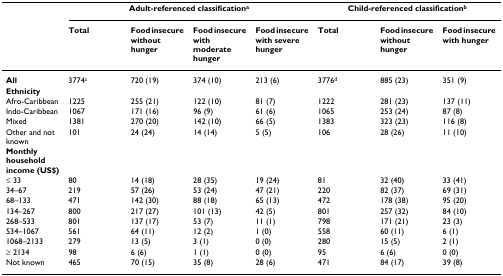
<table><thead><tr><td></td><td colspan="4"><b>Adult-referenced classification<sup>a</sup></b></td><td colspan="3"><b>Child-referenced classification<sup>b</sup></b></td></tr><tr><td></td><td><b>Total</b></td><td><b>Food insecure without hunger</b></td><td><b>Food insecure with moderate hunger</b></td><td><b>Food insecure with severe hunger</b></td><td><b>Total</b></td><td><b>Food insecure without hunger</b></td><td><b>Food insecure with hunger</b></td></tr></thead><tbody><tr><td><b>All</b></td><td>3774<sup>c</sup></td><td>720 (19)</td><td>374 (10)</td><td>213 (6)</td><td>3776<sup>d</sup></td><td>885 (23)</td><td>351 (9)</td></tr><tr><td><b>Ethnicity</b></td><td></td><td></td><td></td><td></td><td></td><td></td><td></td></tr><tr><td>Afro-Caribbean</td><td>1225</td><td>255 (21)</td><td>122 (10)</td><td>81 (7)</td><td>1222</td><td>281 (23)</td><td>137 (11)</td></tr><tr><td>Indo-Caribbean</td><td>1067</td><td>171 (16)</td><td>96 (9)</td><td>61 (6)</td><td>1065</td><td>253 (24)</td><td>87 (8)</td></tr><tr><td>Mixed</td><td>1381</td><td>270 (20)</td><td>142 (10)</td><td>66 (5)</td><td>1383</td><td>323 (23)</td><td>116 (8)</td></tr><tr><td>Other and not known</td><td>101</td><td>24 (24)</td><td>14 (14)</td><td>5 (5)</td><td>106</td><td>28 (26)</td><td>11 (10)</td></tr><tr><td><b>Monthly household income (US$)</b></td><td></td><td></td><td></td><td></td><td></td><td></td><td></td></tr><tr><td>≤ 33</td><td>80</td><td>14 (18)</td><td>28 (35)</td><td>19 (24)</td><td>81</td><td>32 (40)</td><td>33 (41)</td></tr><tr><td>34–67</td><td>219</td><td>57 (26)</td><td>53 (24)</td><td>47 (21)</td><td>220</td><td>82 (37)</td><td>69 (31)</td></tr><tr><td>68–133</td><td>471</td><td>142 (30)</td><td>88 (18)</td><td>65 (13)</td><td>472</td><td>178 (38)</td><td>95 (20)</td></tr><tr><td>134–267</td><td>800</td><td>217 (27)</td><td>101 (13)</td><td>42 (5)</td><td>801</td><td>257 (32)</td><td>84 (10)</td></tr><tr><td>268–533</td><td>801</td><td>137 (17)</td><td>53 (7)</td><td>11 (1)</td><td>798</td><td>171 (21)</td><td>23 (3)</td></tr><tr><td>534–1067</td><td>561</td><td>64 (11)</td><td>12 (2)</td><td>1 (0)</td><td>558</td><td>60 (11)</td><td>6 (1)</td></tr><tr><td>1068–2133</td><td>279</td><td>13 (5)</td><td>3 (1)</td><td>0 (0)</td><td>280</td><td>15 (5)</td><td>2 (1)</td></tr><tr><td>≥ 2134</td><td>98</td><td>6 (6)</td><td>1 (1)</td><td>0 (0)</td><td>95</td><td>6 (6)</td><td>0 (0)</td></tr><tr><td>Not known</td><td>465</td><td>70 (15)</td><td>35 (8)</td><td>28 (6)</td><td>471</td><td>84 (17)</td><td>39 (8)</td></tr></tbody></table>